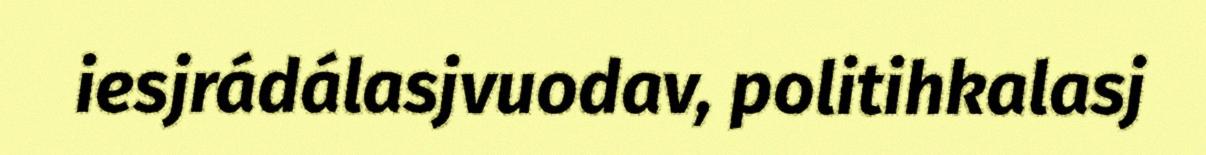
iesjrádálasjvuodav, politihkalasj